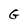
Character: G